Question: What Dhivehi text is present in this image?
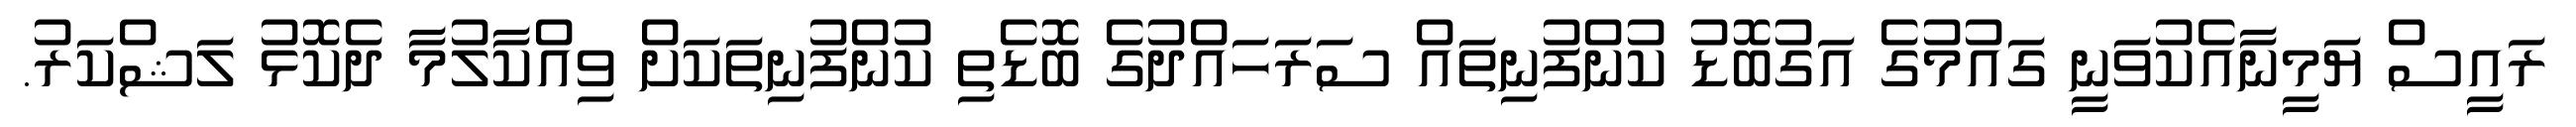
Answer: ރައީސް ޔަމީނާއެކުވަނީ ގައުމުގެ އަގުބޮޑު ކުންފުނިތައް ސަރަހައްދުގެ ބޮޑެތި ކުންފުނިތަކަށް ވިއްކާލުމާ ދެކޮޅު ލަޝްކަރު.